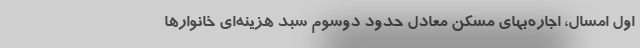
اول امسال، اجاره‌بهای مسکن معادل حدود دو‌سوم سبد هزینه‌ای خانوارها